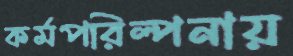
কর্মপরিল্পনায়